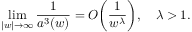
\operatorname * { l i m } _ { | w | \rightarrow \infty } \frac { 1 } { a ^ { 3 } ( w ) } = { \cal O } \biggl ( \frac { 1 } { w ^ { \lambda } } \biggr ) , \, \, \, \, \, \, \lambda > 1 .